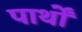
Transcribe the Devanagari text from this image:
पार्थों